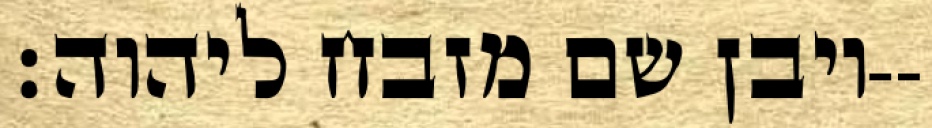
ויבן שם מזבח ליהוה׃--